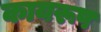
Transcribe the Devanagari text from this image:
कायरूप